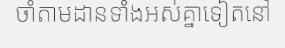
ចាំតាមដានទាំងអស់គ្នាទៀតនៅ